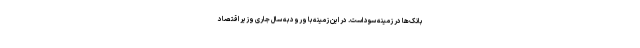
بانک‌ها در زمینه سود است. در این زمینه با ورود به سال جاری وزیر اقتصاد